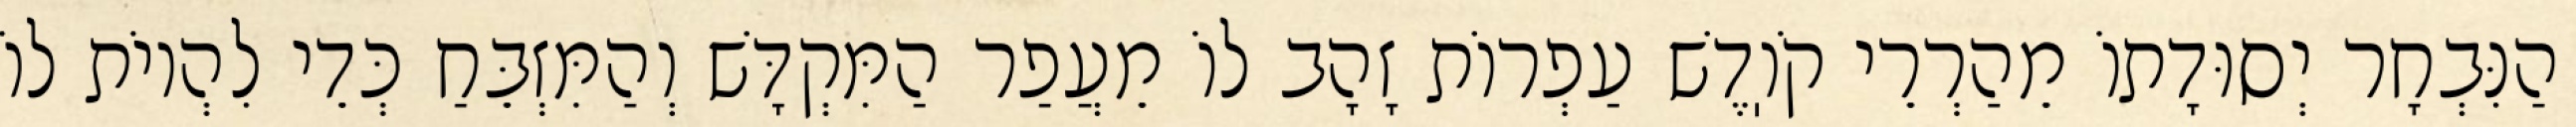
הַנִּבְחָר יְסוּדָתוֹ מֵהַרְרֵי קֹוֽדֶשׁ עַפְרוֹת זָהָב לוֹ מֵעֲפַר הַמִּקְדָּשׁ וְהַמִּזְבֵּחַ כְּדֵי לִהְיוֹת לוֹ